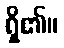
ရှိ၏။